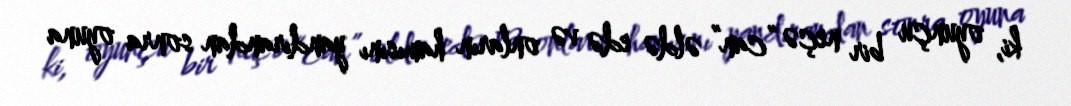
ki, oyunçu bir neçə “can” əldə edə və onların hamısını yandırandan sonra oyuna